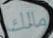
مالك